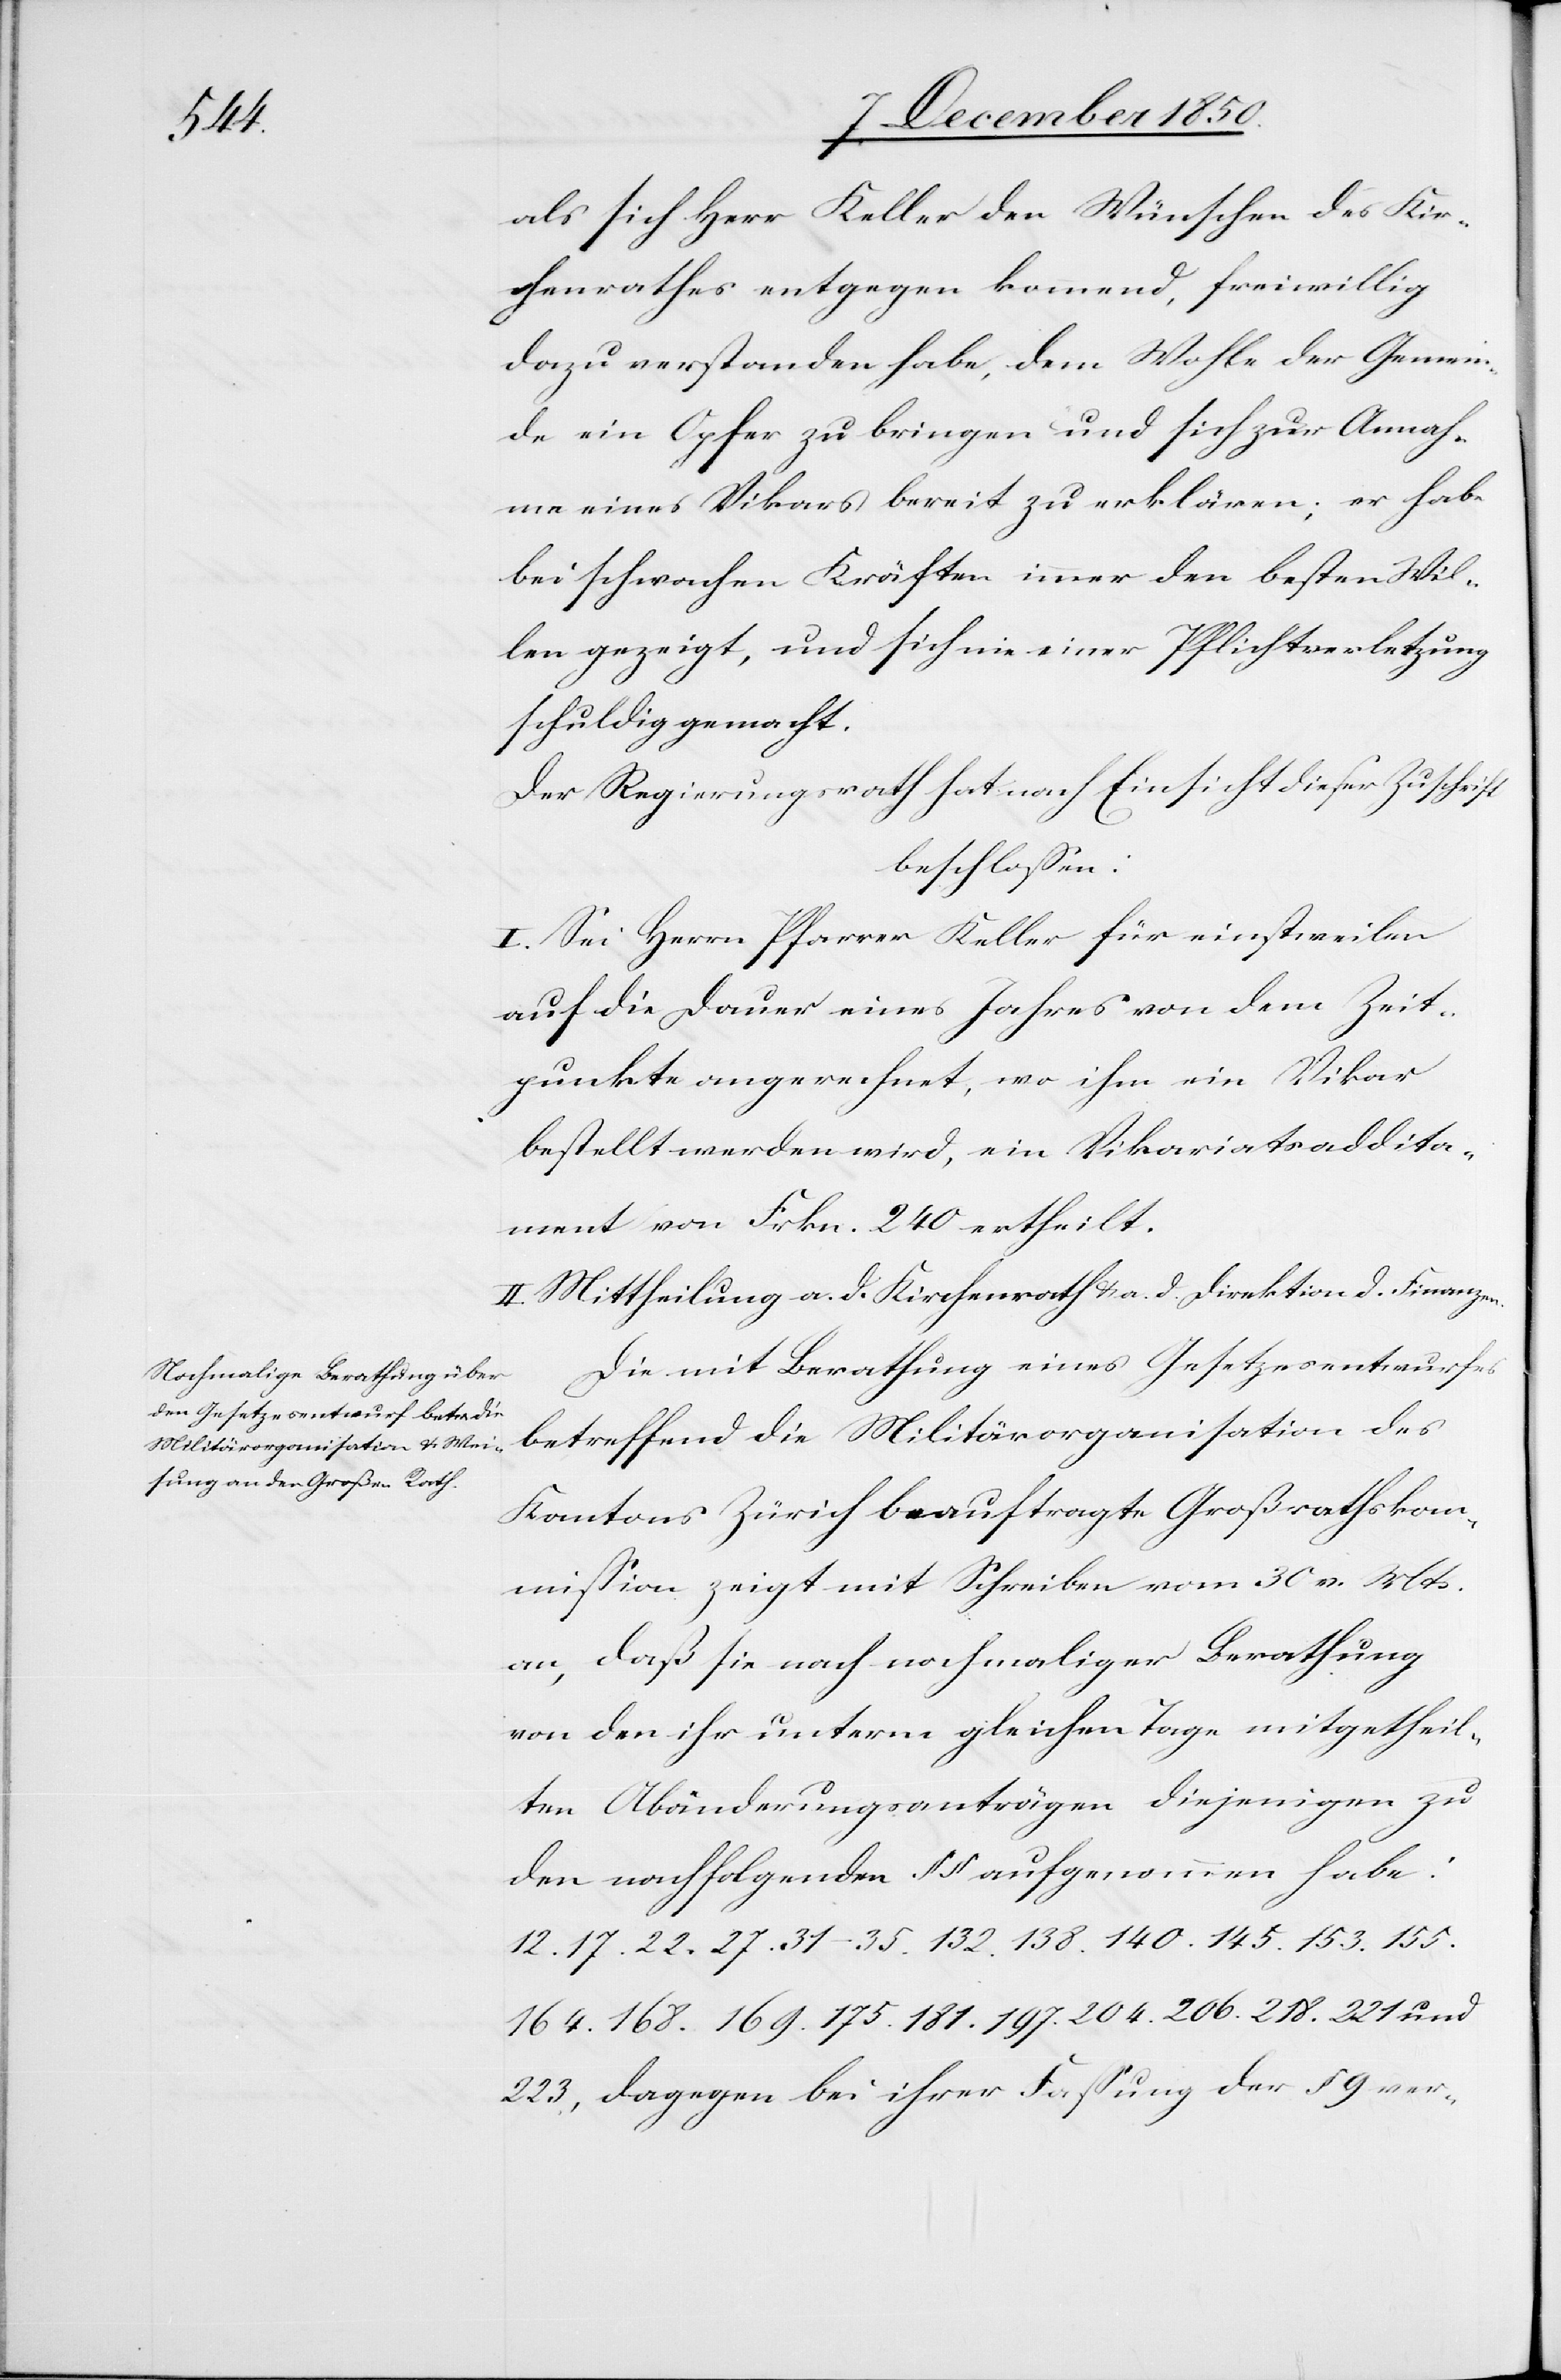
als sich Herr Keller den Wünschen des Kir¬
chenrathes entgegen kommend, freiwillig
dazu verstanden habe, dem Wohle der Gemein¬
de ein Opfer zu bringen und sich zur Annah¬
me eines Vikars bereit zu erklären; er habe
bei schwachen Kräften immer den besten Wil¬
len gezeigt, und sich nie einer Pflichtverletzung
schuldig gemacht.
Der Regierungsrath hat nach Einsicht dieser Zuschrift
beschlossen:
I. Sei Herrn Pfarrer Keller für einstweilen
auf die Dauer eines Jahres von dem Zeit¬
punkte angerechnet, wo ihm ein Vikar
bestellt werden wird, ein Vikariatsaddita¬
ment von Frkn. 240 ertheilt.
II. Mittheilung a. d. Kirchenrath u. a. d. Direktion d. Finanzen.
Die mit Berathung eines Gesetzesentwurfes
betreffend die Militärorganisation des
Kantons Zürich beauftragte Großrathskom¬
mission zeigt mit Schreiben vom 30 v. Mts.
an, daß sie nach nochmaliger Berathung
von den ihr unterm gleichen Tage mitgetheil¬
ten Abänderungsanträgen diejenigen zu
den nachfolgenden § § aufgenommen habe:
12. 17. 22. 27. 31–35. 132. 138. 140. 145. 153. 155.
164. 168. 169. 175. 181. 197. 204. 218. 221 und
223, dagegen bei ihrer Fassung der [recte: